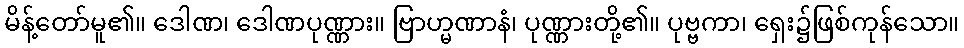
မိန့်တော်မူ၏။ ဒေါဏ၊ ဒေါဏပုဏ္ဏား။ ဗြာဟ္မဏာနံ၊ ပုဏ္ဏားတို့၏။ ပုဗ္ဗကာ၊ ရှေး၌ဖြစ်ကုန်သော။